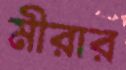
মীরার